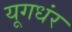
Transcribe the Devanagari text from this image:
यूगधंर